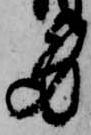
身